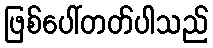
ဖြစ်ပေါ်တတ်ပါသည်